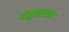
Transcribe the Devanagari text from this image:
बंधुमाधव